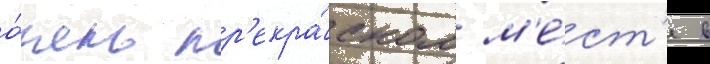
о́чень пр'екра́сном м'е́ст'е в